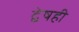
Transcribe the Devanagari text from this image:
द्वेषही